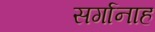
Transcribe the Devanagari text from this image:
सर्गानाह